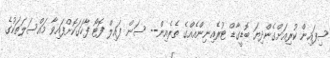
ސިފައިން ކުރިއަށްގެންދިޔަ ބޮޑީގާޑް ޓުރެއިނިންއެއްގެ ތެރެއިން-- ސަން ފައިލް ފޮޓޯ ފާހަގަކޮށްފައިވާ މައްސަލަތަކުގެ